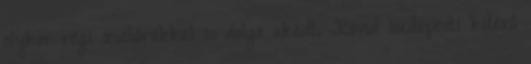
olykor régi zsebórákkal is dolga akadt. Rövid budapesti kitérô